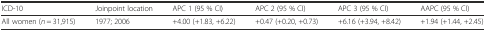
<table><thead><tr><td><b>ICD-10</b></td><td><b>Joinpoint location</b></td><td><b>APC 1 (95 % CI)</b></td><td><b>APC 2 (95 % CI)</b></td><td><b>APC 3 (95 % CI)</b></td><td><b>AAPC (95 % CI)</b></td></tr></thead><tbody><tr><td>All women (<i>n</i> = 31,915)</td><td>1977; 2006</td><td>+4.00 (+1.83, +6.22)</td><td>+0.47 (+0.20, +0.73)</td><td>+6.16 (+3.94, +8.42)</td><td>+1.94 (+1.44, +2.45)</td></tr></tbody></table>